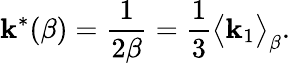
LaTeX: \mathbf{k}^{*}(\beta)=\frac{{1}}{{2\beta}}=\frac{{1}}{{3}}\big<\mathbf{k}_{1}\big>_{\beta}.